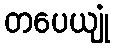
တပေယျုံ